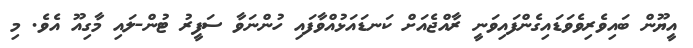
އީޔޫން ބައިވެރިވެވަޑައިގެންފައިވަނީ ރާއްޖެއަށް ކަނޑައަޅުއްވާފައި ހުންނަވާ ސަފީރު ޓުން-ލައި މާގިއޫ އެވެ. މި